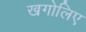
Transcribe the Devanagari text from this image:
खगोलिए